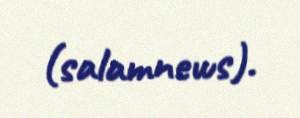
(salamnews).